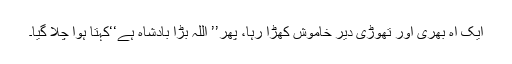
ایک آہ بھری اور تھوڑی دیر خاموش کھڑا رہا، پھر’’ اللہ بڑا بادشاہ ہے‘‘کہتا ہوا چلا گیا۔